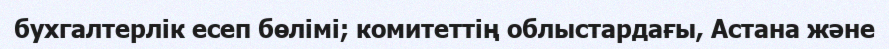
бухгалтерлік есеп бөлімі; комитеттің облыстардағы, Астана және